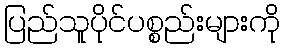
ပြည်သူပိုင်ပစ္စည်းများကို